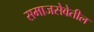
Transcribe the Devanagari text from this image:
समाजसेवेतील